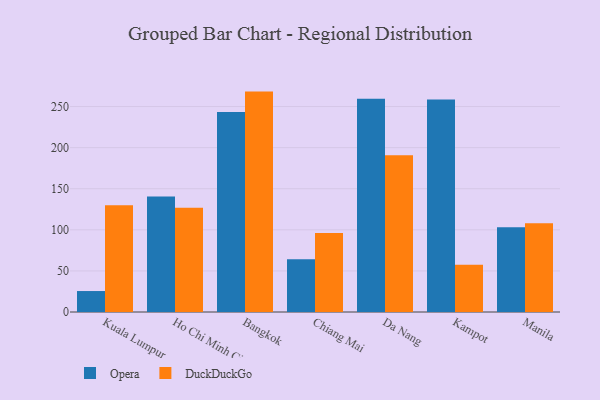
{"axis": {"x": "City", "y": "Population (Million)"}, "legend": ["DuckDuckGo", "Opera"], "data": [{"x": "Kuala Lumpur", "y": 25.5, "type": "Opera"}, {"x": "Kuala Lumpur", "y": 129.8, "type": "DuckDuckGo"}, {"x": "Ho Chi Minh City", "y": 140.4, "type": "Opera"}, {"x": "Ho Chi Minh City", "y": 126.9, "type": "DuckDuckGo"}, {"x": "Bangkok", "y": 243.5, "type": "Opera"}, {"x": "Bangkok", "y": 268.2, "type": "DuckDuckGo"}, {"x": "Chiang Mai", "y": 64.2, "type": "Opera"}, {"x": "Chiang Mai", "y": 96.0, "type": "DuckDuckGo"}, {"x": "Da Nang", "y": 259.5, "type": "Opera"}, {"x": "Da Nang", "y": 190.6, "type": "DuckDuckGo"}, {"x": "Kampot", "y": 258.5, "type": "Opera"}, {"x": "Kampot", "y": 57.6, "type": "DuckDuckGo"}, {"x": "Manila", "y": 103.0, "type": "Opera"}, {"x": "Manila", "y": 107.9, "type": "DuckDuckGo"}]}